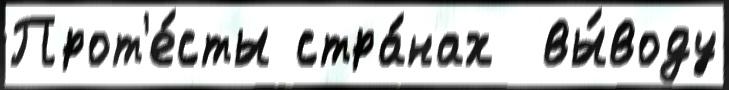
Прот'е́сты стра́нах  вы́воду